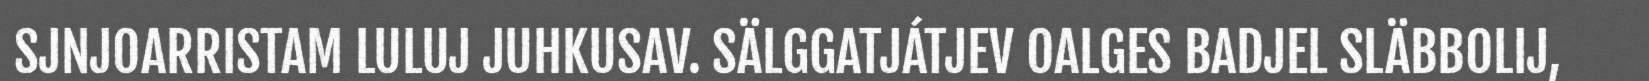
SJNJOARRISTAM LULUJ JUHKUSAV. SÄLGGATJÁTJEV OALGES BADJEL SLÄBBOLIJ,